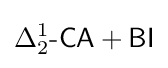
\Delta _{2}^{1}{\mbox{-}}{\mathsf {CA}}+{\mathsf {BI}}